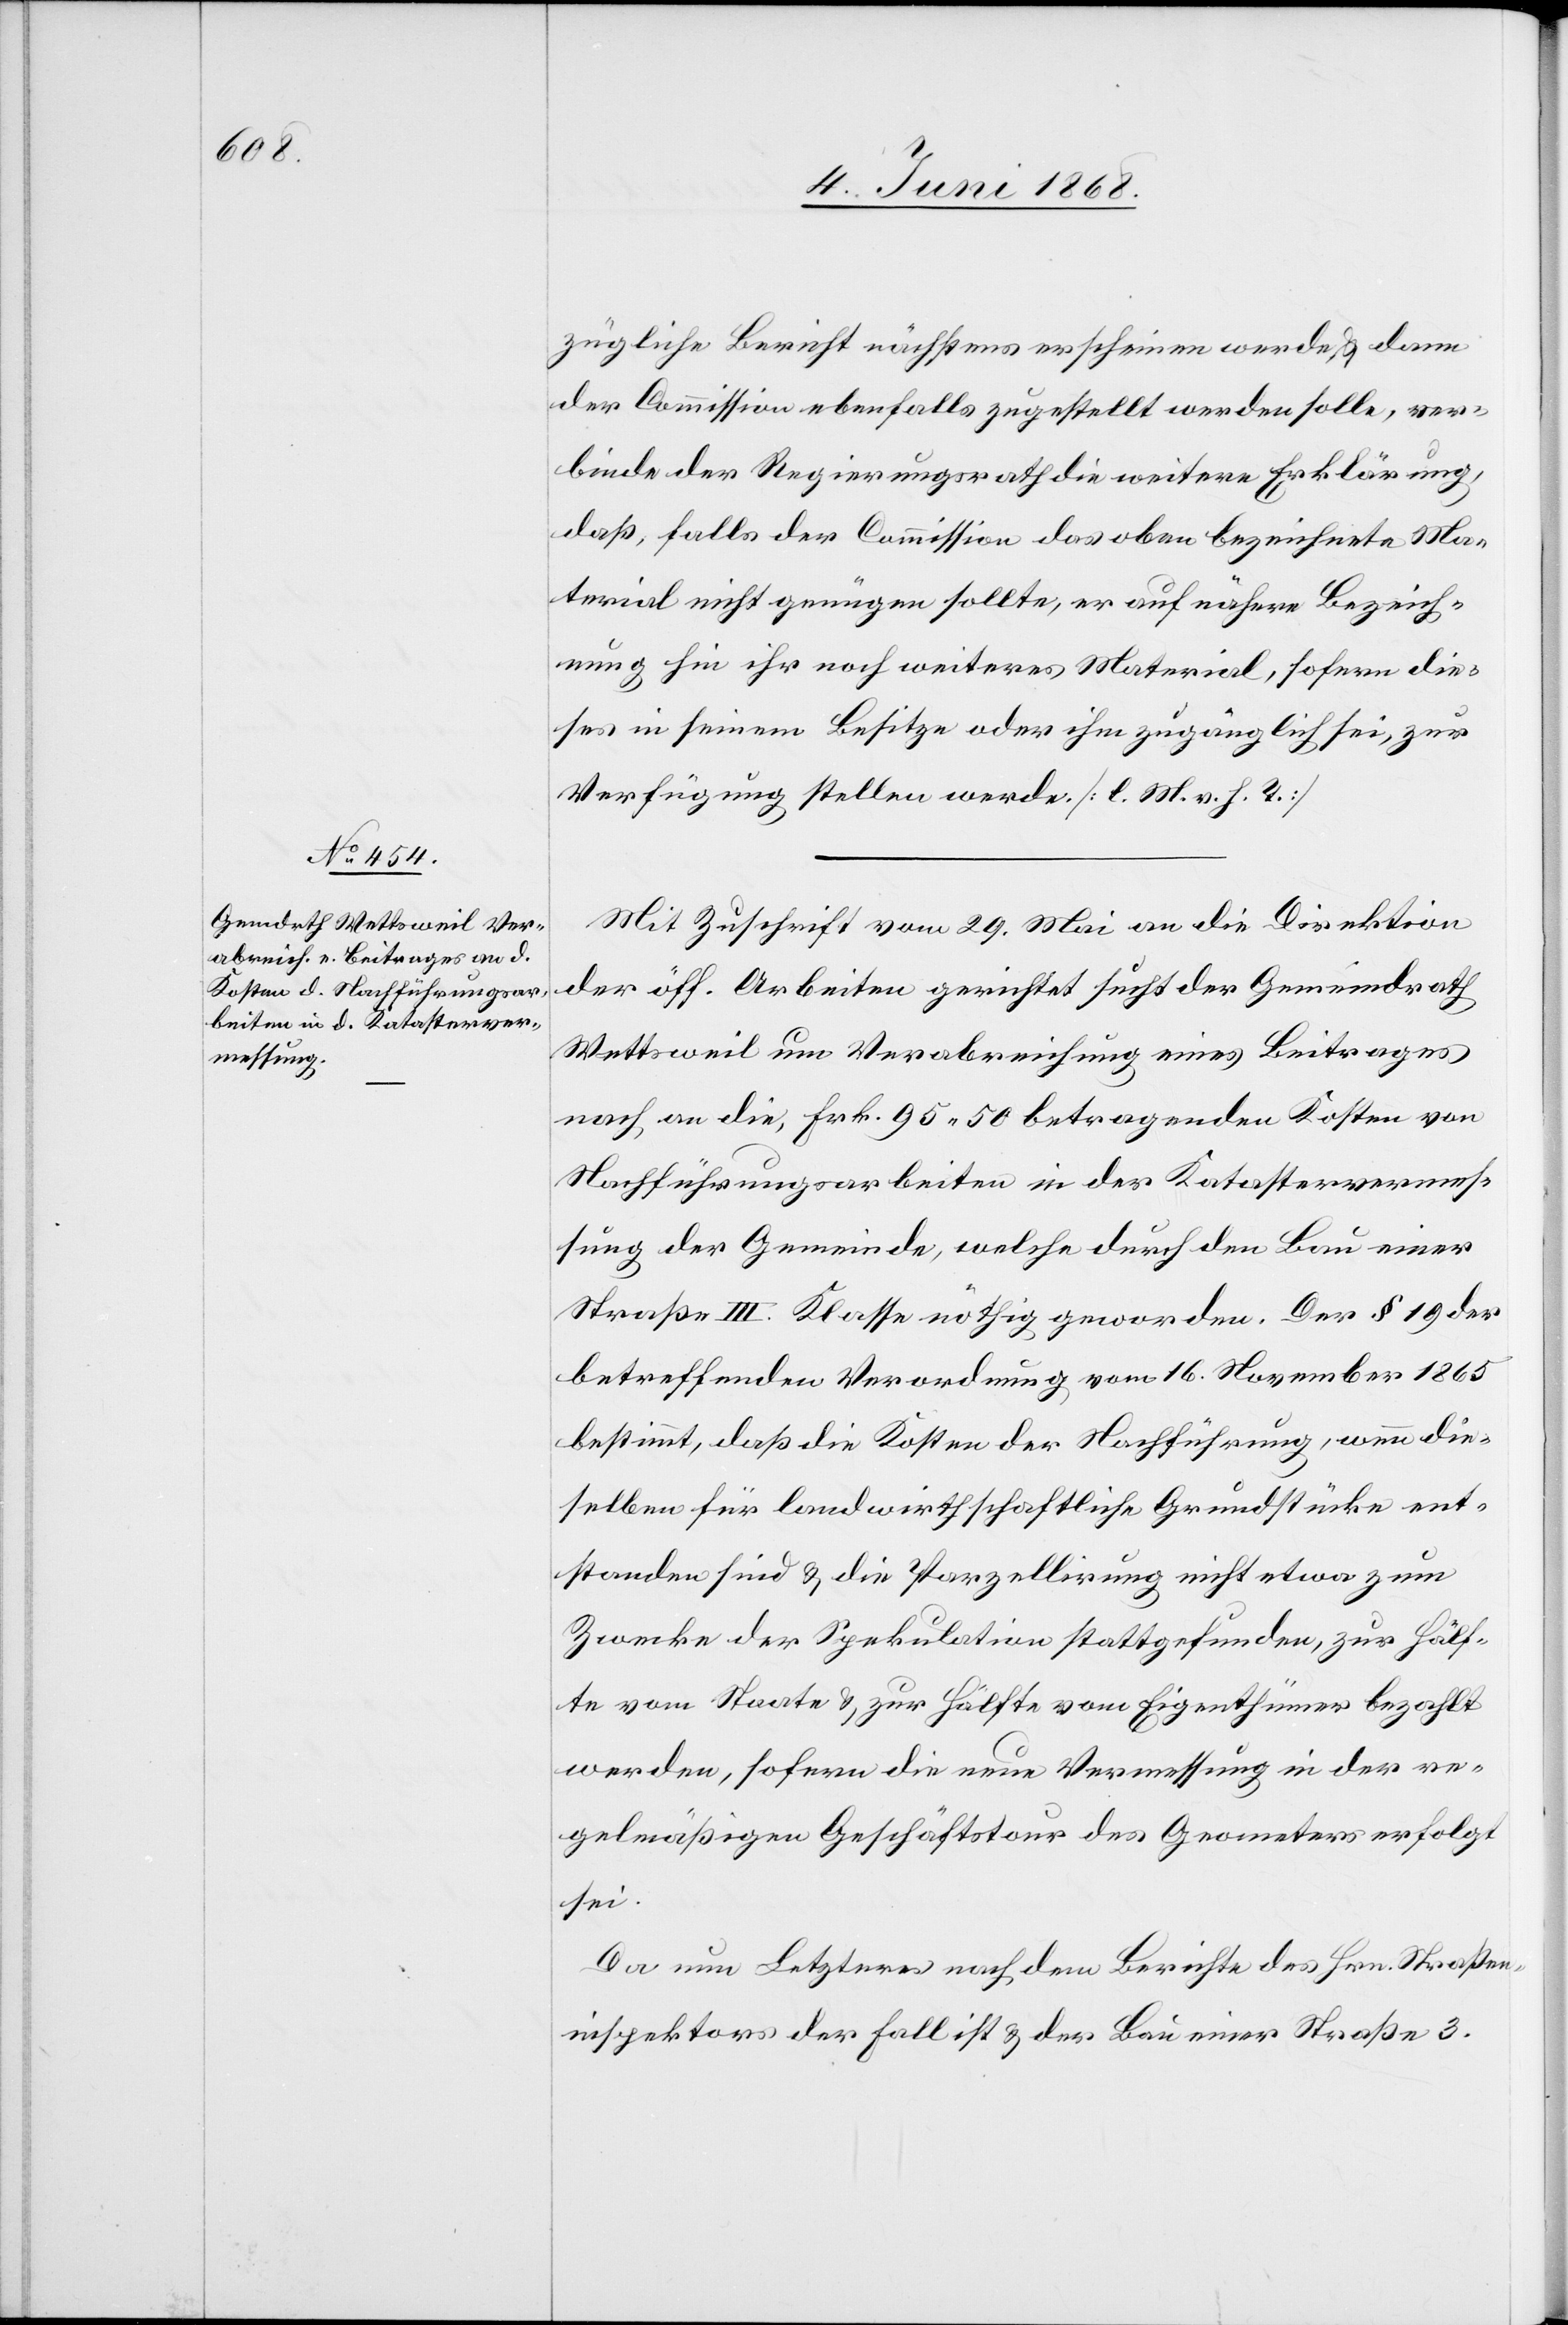
zügliche Bericht nächstens erscheinen werde & dann
der Commission ebenfalls zugestellt werden solle, ver¬
binde der Regierungsrath die weitere Erklärung,
daß, falls der Commission das oben bezeichnete Ma¬
terial nicht genügen sollte, er auf nähere Bezeich¬
nung hin ihr noch weiteres Material, sofern die¬
ses in seinem Besitze oder ihm zugänglich sei, zur
Verfügung stellen werde. [l. M. v. h. T.]
Mit Zuschrift vom 29. Mai an die Direktion
der öff. Arbeiten gerichtet sucht der Gemeindrath
Wettsweil um Verabreichung eines Beitrages
nach an die, Frk. 95. 50 betragenden Kosten von
Nachführungsarbeiten in der Katastervermes¬
sung der Gemeinde, welche durch den Bau einer
Straße III. Klasse nöthig geworden. Der § 19 der
betreffenden Verordnung vom 16. November 1865
bestimmt, daß die Kosten der Nachführung, wenn die¬
selben für landwirthschaftliche Grundstücke ent¬
standen sind & die Parzellirung nicht etwa zum
Zwecke der Spekulation stattgefunden, zur Hälf¬
te vom Staate & zur Hälfte vom Eigenthümer bezahlt
werden, sofern die neue Vermessung in der re¬
gelmäßigen Geschäftstour des Geometers erfolgt
sei.
Da nun Letzteres nach dem Berichte des Hrn. Straßen¬
inspektors der Fall ist & der Bau einer Straße 3.